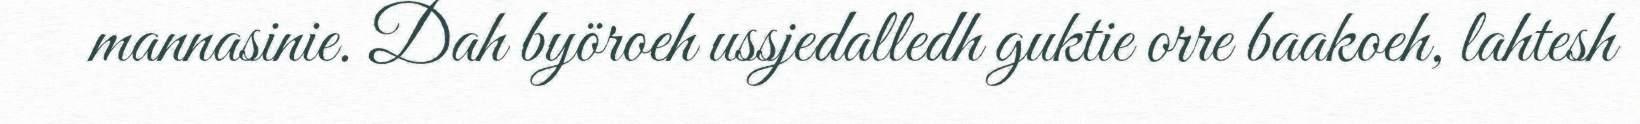
mannasinie. Dah byöroeh ussjedalledh guktie orre baakoeh, lahtesh